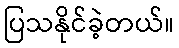
ပြသနိုင်ခဲ့တယ်။